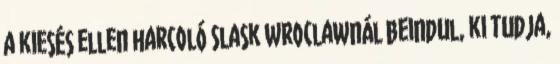
a kiesés ellen harcoló Slask Wroclawnál beindul, ki tudja,